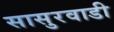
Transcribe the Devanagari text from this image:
सासुरवाडी